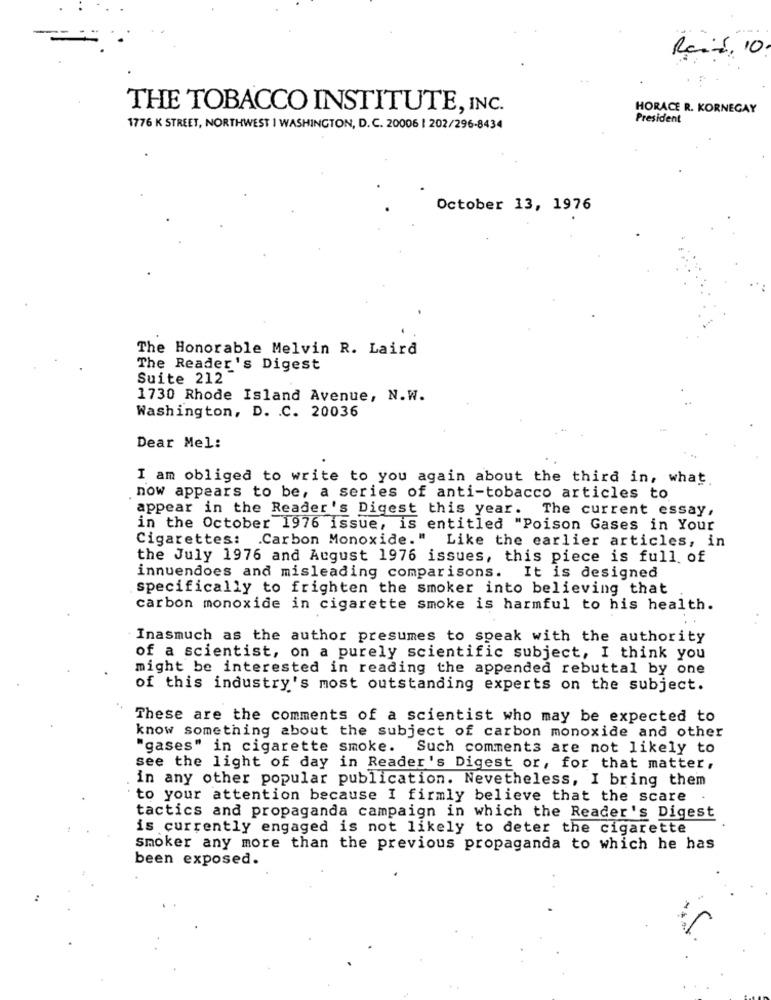
THE TOBACCO INSTITUTE, INC.
HORACE R. KORNEGAY
President
1776 K STREET, NORTHWEST I WASHINGTON, D.C. 20006 | 202/296-8434
October 13, 1976
The Honorable Melvin R. Laird
The Reader's Digest
Suite 212
1730 Rhode Island Avenue, N.W.
Washington, D. C. 20036
Dear Mel:
I am obliged to write to you again about the third in, what.
now appears to be, a series of anti-tobacco articles to
appear in the Reader's Digest this year.
The current essay,
in the October 1976 issue, is entitled "Poison Gases in Your
Cigarettes: . Carbon Monoxide."
Like the earlier articles, in
the July 1976 and August 1976 issues, this piece is full of
innuendoes and misleading comparisons. It is designed
specifically to frighten the smoker into believing that
carbon monoxide in cigarette smoke is harmful to his health.
Inasmuch as the author presumes to speak with the authority
of a scientist, on a purely scientific subject, I think you
might be interested in reading the appended rebuttal by one
of this industry's most outstanding experts on the subject.
These are the comments of a scientist who may be expected to
know something about the subject of carbon monoxide and other
"gases" in cigarette smoke. Such comments are not likely to
see the light of day in Reader's Digest or, for that matter,
in any other popular publication. Nevetheless, I bring them
to your attention because I firmly believe that the scare
tactics and propaganda campaign in which the Reader's Digest
is currently engaged is not likely to deter the cigarette
smoker any more than the previous propaganda to which he has
been exposed.